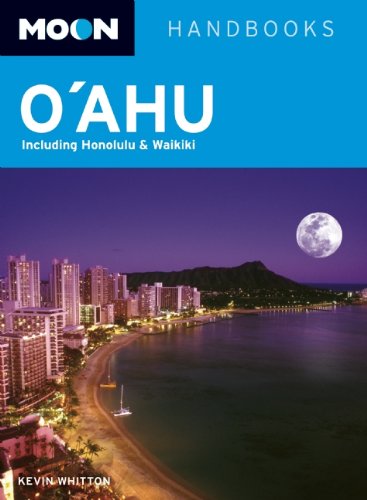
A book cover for Moon O'ahu: Including Honolulu & Waikiki (Moon Handbooks); Kevin Whitton; Travel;